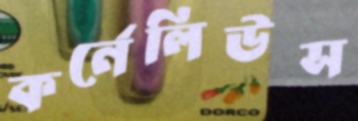
কর্নেলিউস